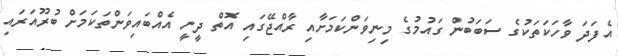
އެފަދަ ވާހަކަތަކުގެ ސަބަބުން ގައުމުގެ މިނިވަންކަމަށާއި ރާއްޖޭގައި އޮތް ދީނީ އެއްބައިވަންތަކަމަށް ބުރޫއަރައި